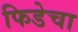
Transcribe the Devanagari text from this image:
फिडेचा